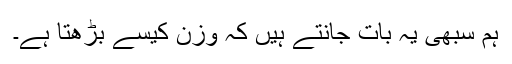
ہم سبھی یہ بات جانتے ہیں کہ وزن کیسے بڑھتا ہے۔